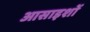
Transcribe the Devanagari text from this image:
आसाइशों